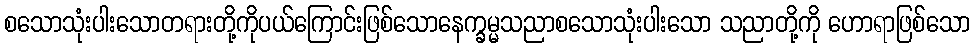
စသောသုံးပါးသောတရားတို့ကိုပယ်ကြောင်းဖြစ်သောနေက္ခမ္မသညာစသောသုံးပါးသော သညာတို့ကို ဟောရာဖြစ်သော